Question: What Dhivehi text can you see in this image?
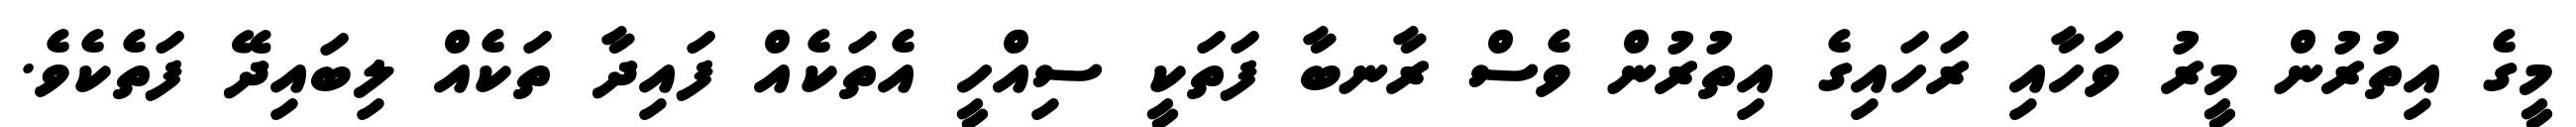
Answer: މީގެ އިތުރުން މީރު ވަހާއި ރަހައިގެ އިތުރުން ވެސް ރާނބާ ފަތަކީ ސިއްހީ އެތަކެއް ފައިދާ ތަކެއް ލިބައިދޭ ފަތެކެވެ.